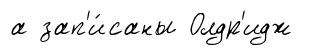
а зап'и́саны Олдр'идж